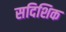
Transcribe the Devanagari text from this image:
सदिशिक